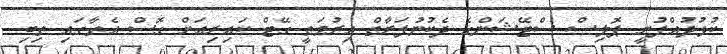
ކުޅުދުއްފުށީ ޕޮލިސް ސްޓޭޝަންގެ ދެކުނުފަރާތް އިރުމަތީ ގޭޓް ކައިރިއަށް ގޮސް އެތާގައި ތިބި